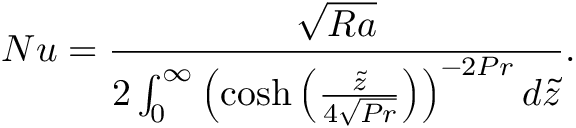
N u = \frac { \sqrt { R a } } { 2 \int _ { 0 } ^ { \infty } \left( \cosh { \left( \frac { \tilde { z } } { 4 \sqrt { P r } } \right) } \right) ^ { - 2 P r } d \tilde { z } } .